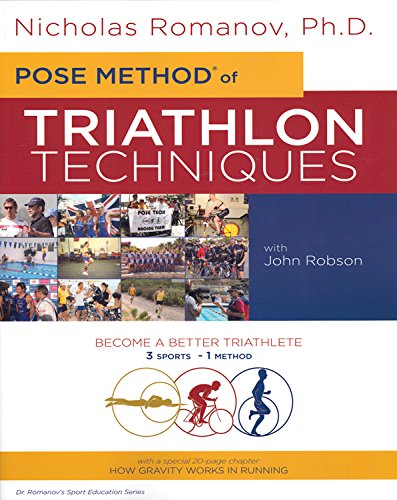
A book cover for Pose Method of Triathlon Techniques (Dr. Romanov's Sport Education); Nicholas Romanov; Health, Fitness & Dieting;